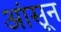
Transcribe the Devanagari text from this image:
आंसून